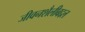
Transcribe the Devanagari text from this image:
जीवनशैलीबद्दल